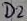
Text: D1